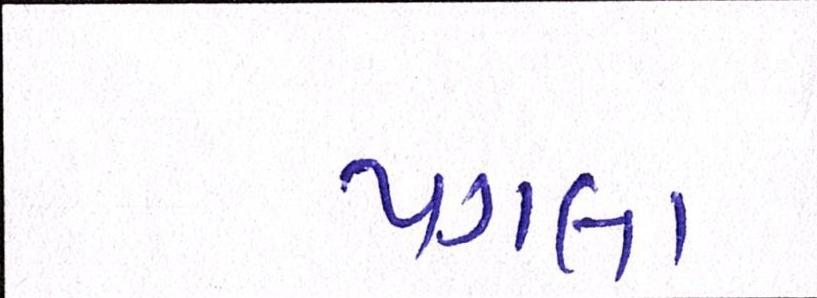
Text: પગલા